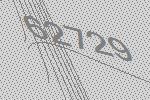
62729